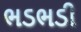
ભડભડી